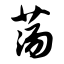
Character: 荡